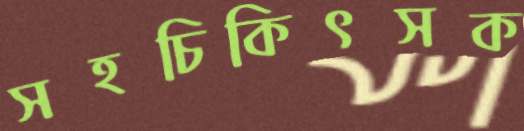
সহচিকিৎসক